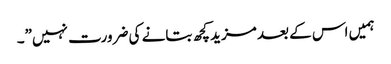
ہمیں اس کے بعد مزید کچھ بتانے کی ضرورت نہیں”۔